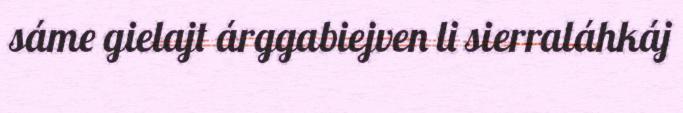
sáme gielajt árggabiejven li sierraláhkáj